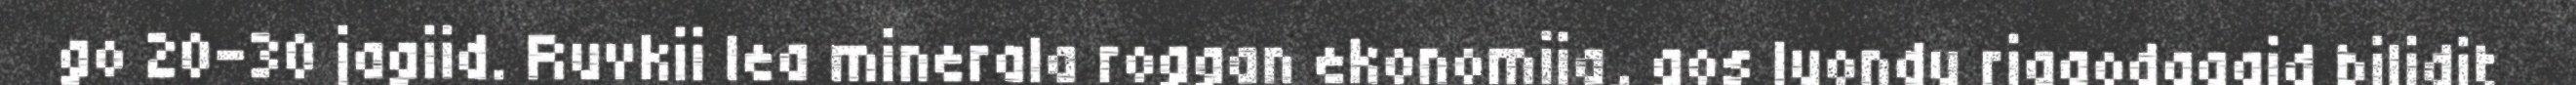
go 20-30 jagiid. Ruvkii lea minerala roggan ekonomija, gos luondu riggodagaid bilidit